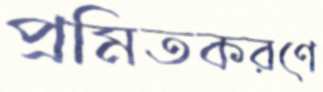
প্রমিতকরণে